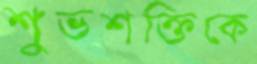
শুভশক্তিকে